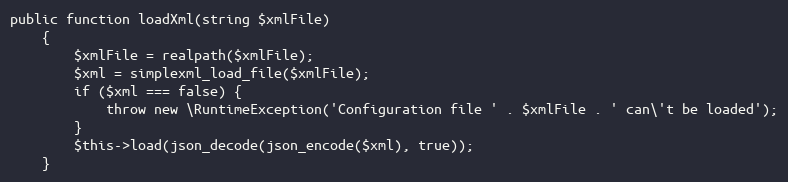
Language: PHP
public function loadXml(string $xmlFile)
    {
        $xmlFile = realpath($xmlFile);
        $xml = simplexml_load_file($xmlFile);
        if ($xml === false) {
            throw new \RuntimeException('Configuration file ' . $xmlFile . ' can\'t be loaded');
        }
        $this->load(json_decode(json_encode($xml), true));
    }